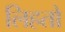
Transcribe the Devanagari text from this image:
लिहतो